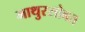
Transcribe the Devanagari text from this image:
माथुरसोबत